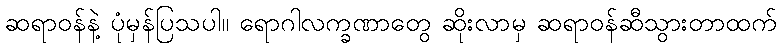
ဆရာဝန်နဲ့ ပုံမှန်ပြသပါ။ ရောဂါလက္ခဏာတွေ ဆိုးလာမှ ဆရာဝန်ဆီသွားတာထက်